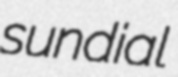
sundial